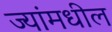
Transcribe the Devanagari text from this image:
ज्यांमधील